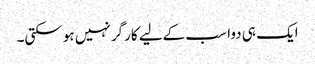
ایک ہی دوا سب کےلیے کارگر نہیں ہوسکتی۔